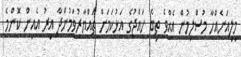
މިލިއަނެއްހާ މުސްލިމުން އެއްވެ ތިބެ ހައްޖުގެ އަޅުކަމަށް ތައްޔާރުވަމުންދާ އިރު އެއިން ކޮންމެ